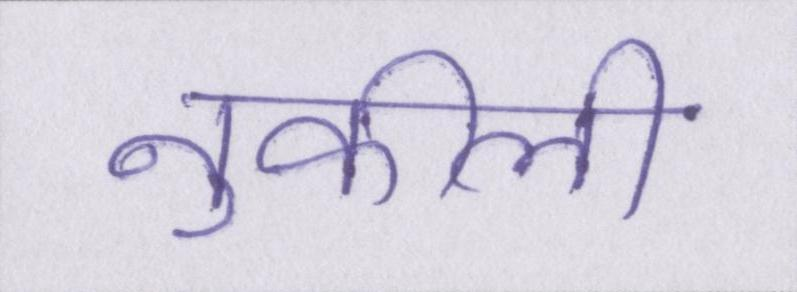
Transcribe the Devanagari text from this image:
नुकीली